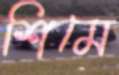
শিমে